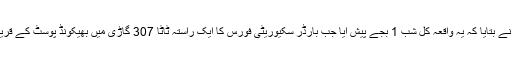
سرکاری ذرائع نے بتایا کہ یہ واقعہ کل شب 1 بجے پیش آیا جب بارڈر سکیوریٹی فورس کا ایک راستہ ٹاٹا 307 گاڑی میں بھیکونڈ پوسٹ کے قریب گشت پر تھا۔